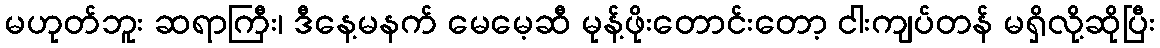
မဟုတ်ဘူး ဆရာကြီး၊ ဒီနေ့မနက် မေမေ့ဆီ မုန့်ဖိုးတောင်းတော့ ငါးကျပ်တန် မရှိလို့ဆိုပြီး